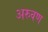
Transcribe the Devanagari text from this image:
अरुवण